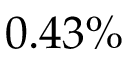
0 . 4 3 \%